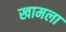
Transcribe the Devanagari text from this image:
खामला